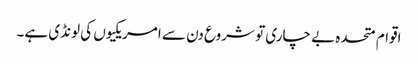
اقوام متحدہ بے چاری تو شروع دن سے امریکیوں کی لونڈی ہے۔